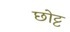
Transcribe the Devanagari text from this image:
छोट्ट